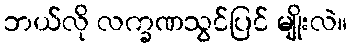
ဘယ်လို လက္ခဏသွင်ပြင် မျိုးလဲ။